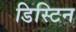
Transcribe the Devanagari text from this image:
डिस्टिन